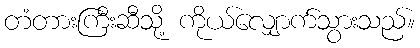
တံတားကြီးဆီသို့ ကိုယ်လျှောက်သွားသည်။